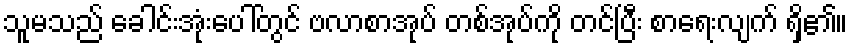
သူမသည် ခေါင်းအုံးပေါ်တွင် ဗလာစာအုပ် တစ်အုပ်ကို တင်ပြီး စာရေးလျက် ရှိ၏။